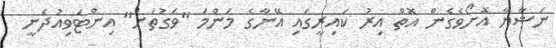
ނަޝާޔާ އޮށޯވެގެން އޮތް އިރު ކައިރީގައި އޭނާގެ މަންމަ "ވަގުތަށް" އިންޓަވިއުދެނީ